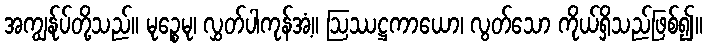
အကျွန်ုပ်တို့သည်။ မုဉ္စေမု၊ လွှတ်ပါကုန်အံ့။ ဩဿဋ္ဌကာယော၊ လွတ်သော ကိုယ်ရှိသည်ဖြစ်၍။